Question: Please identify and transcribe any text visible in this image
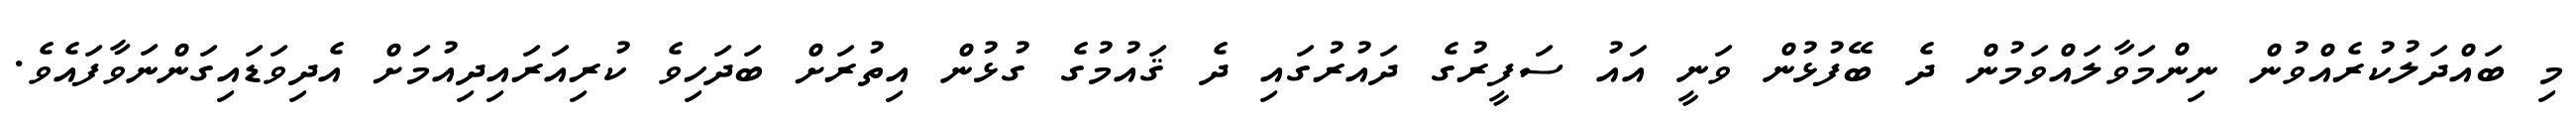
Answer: މި ބައްދަލުކުރެއްވުން ނިންމަވާލައްވަމުން ދެ ބޭފުޅުން ވަނީ އައު ސަފީރުގެ ދައުރުގައި ދެ ޤައުމުގެ ގުޅުން އިތުރަށް ބަދަހިވެ ކުރިއަރައިދިއުމަށް އެދިވަޑައިގަންނަވާފައެވެ.